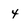
Character: 4